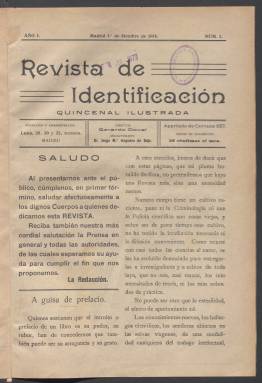
Título: Revista de identificación
Colección: Criminología
Ámbito geográfico: Madrid
Lugar de publicación: Madrid
Fechas: 01/10/1914-01/03/1916